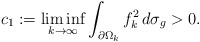
\begin{align*} c_1:= \liminf_{k \to \infty} \int_{\partial \Omega_k} f_k^2 \,d\sigma_g>0. \end{align*}